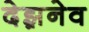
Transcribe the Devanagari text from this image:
देझ़नेव